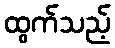
ထွက်သည့်